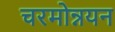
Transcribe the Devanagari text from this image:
चरमोन्नयन